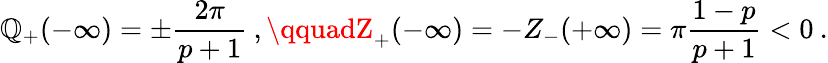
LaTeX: \displaystyle{\cal\mathbb{Q}}_{+}(-\infty)=\pm\frac{{2\pi}}{{p+1}}\: ,\qquadZ_{+}(-\infty)=-Z_{-}(+\infty)=\pi\frac{{1-p}}{{p+1}}<0\: .